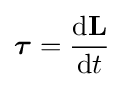
{\boldsymbol {\tau }}={\frac {\mathrm {d} \mathbf {L} }{\mathrm {d} t}}